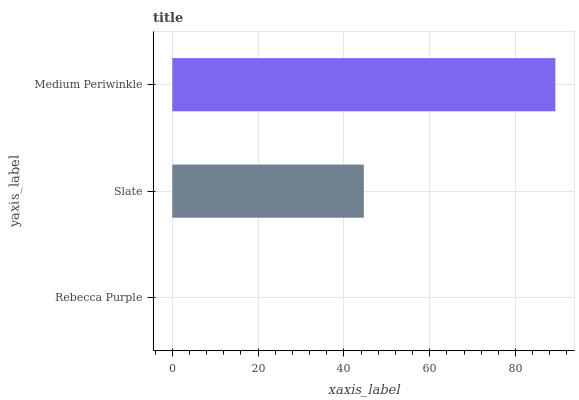
| yaxis_label | bars |
 | --- | --- |
 | Rebecca Purple | 0 |
 | Slate | 44.6 |
 | Medium Periwinkle | 89.3 |